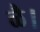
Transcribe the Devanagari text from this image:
ळै।